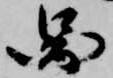
図